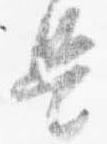
是